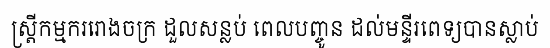
ស្ត្រីកម្មកររោងចក្រ ដួលសន្លប់ ពេលបញ្ចូន ដល់មន្ទីរពេទ្យបានស្លាប់